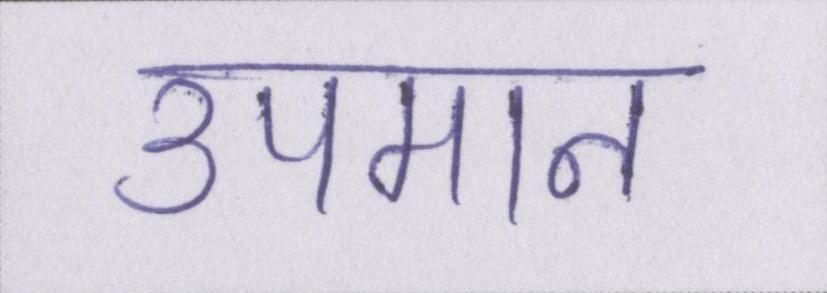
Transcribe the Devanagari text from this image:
उपमान